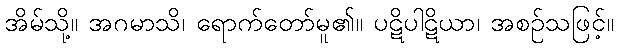
အိမ်သို့။ အဂမာသိ၊ ရောက်တော်မူ၏။ ပဋိပါဋိယာ၊ အစဉ်သဖြင့်။